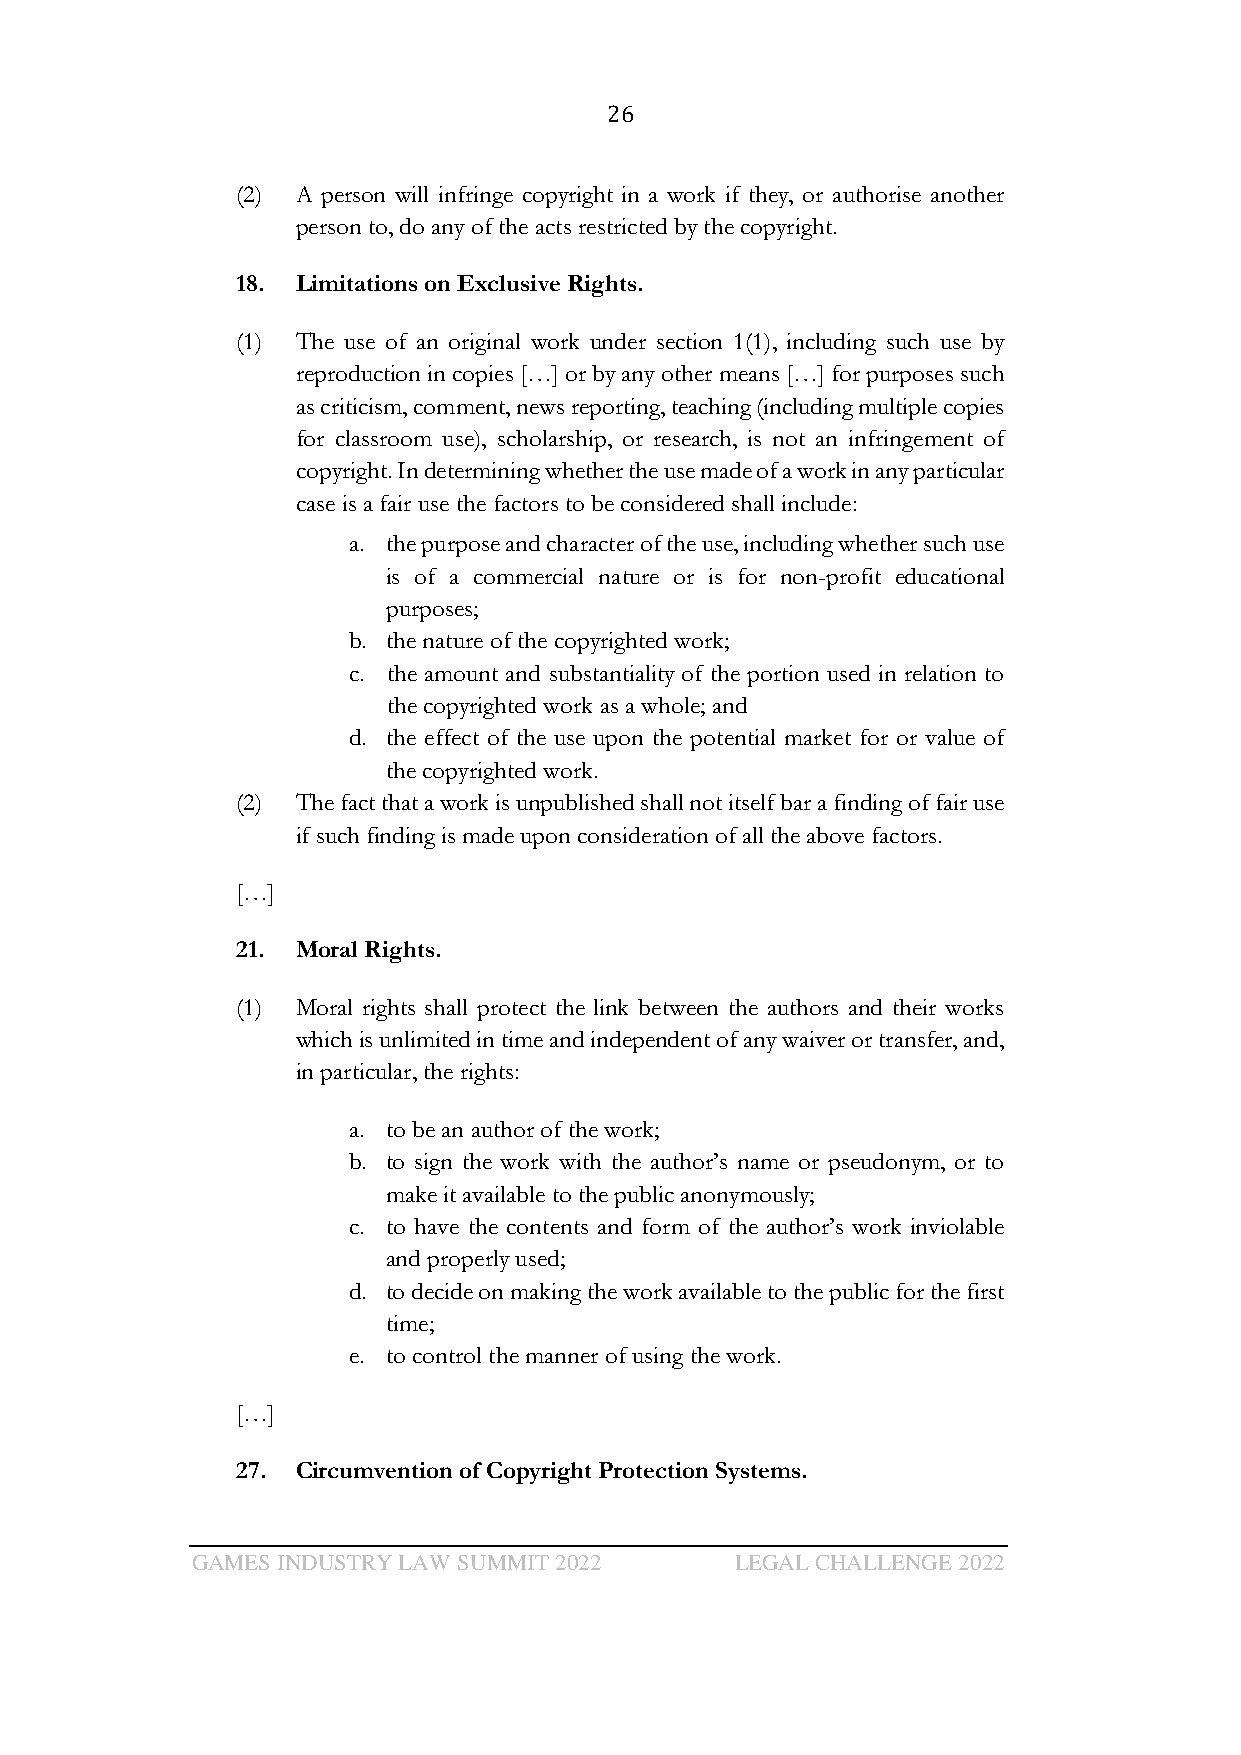
26
 (2) A person will infringe copyright in a work if they, or authorise another
 person to, do any of the acts restricted by the copyright.
 18. Limitations on Exclusive Rights.
 (1) The use of an original work under section 1(1), including such use by
 reproduction in copies […] or by any other means […] for purposes such
 as criticism, comment, news reporting, teaching (including multiple copies
 for classroom use), scholarship, or research, is not an infringement of
 copyright. In determining whether the use made of a work in any particular
 case is a fair use the factors to be considered shall include:
 a. the purpose and character of the use, including whether such use
 is of a commercial nature or is for non-profit educational
 purposes;
 b. the nature of the copyrighted work;
 c. the amount and substantiality of the portion used in relation to
 the copyrighted work as a whole; and
 d. the effect of the use upon the potential market for or value of
 the copyrighted work.
 (2) The fact that a work is unpublished shall not itself bar a finding of fair use
 if such finding is made upon consideration of all the above factors.
 […]
 21. Moral Rights.
 (1) Moral rights shall protect the link between the authors and their works
 which is unlimited in time and independent of any waiver or transfer, and,
 in particular, the rights:
 a. to be an author of the work;
 b. to sign the work with the author’s name or pseudonym, or to
 make it available to the public anonymously;
 c. to have the contents and form of the author’s work inviolable
 and properly used;
 d. to decide on making the work available to the public for the first
 time;
 e. to control the manner of using the work.
 […]
 27. Circumvention of Copyright Protection Systems.
 GAMES INDUSTRY LAW SUMMIT 2022      LEGAL CHALLENGE 2022